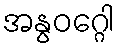
အနွဝဂ္ဂေါ